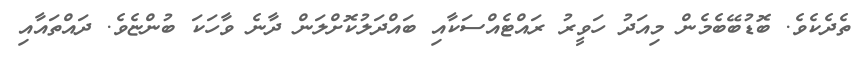
ތެދެކެވެ. ބޮޑުބޭބެމެން މިއަދު ހަވީރު ރައްޓެއްސަކާއި ބައްދަލުކޮށްލަން ދާނެ ވާހަކަ ބުންޏެވެ. ދައްތައާއި